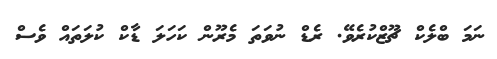
ނަމަ ބްލެކް ޗޫޒްކުރެވޭ. ރެޑް ނުވަތަ މެރޫން ކަހަލަ ޑާކް ކުލަތައް ވެސް